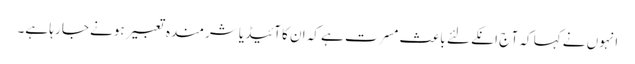
انہوں نے کہا کہ آ ج انکے لئے باعث مسرت ہے کہ ان کا آئیڈیا شرمندہ تعبیر ہونے جا رہا ہے۔